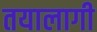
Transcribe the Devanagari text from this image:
तयालागी